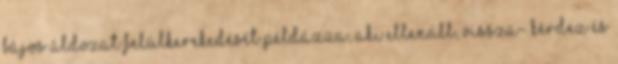
bájos áldozat felülkerekedését példázza, aki ellenáll, vissza- kérdez és